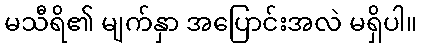
မသီရိ၏ မျက်နှာ အပြောင်းအလဲ မရှိပါ။